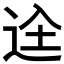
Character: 𮞋